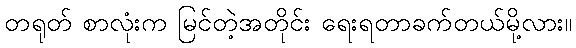
တရုတ် စာလုံးက မြင်တဲ့အတိုင်း ရေးရတာခက်တယ်မို့လား။